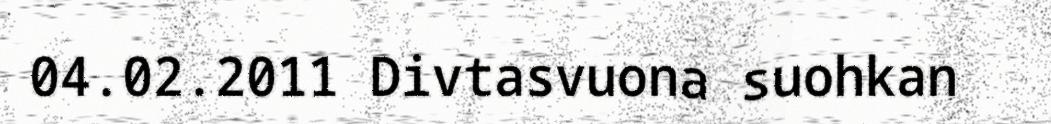
04.02.2011 Divtasvuona suohkan